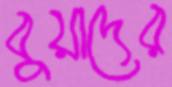
বুয়াদের